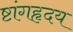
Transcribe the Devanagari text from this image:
ष्टांगहृदय